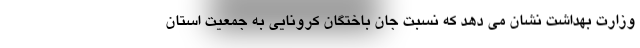
وزارت بهداشت نشان می دهد که نسبت جان باختگان کرونایی به جمعیت استان